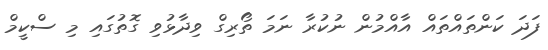
ފަދަ ކަންތައްތައް އާއްމުން ނުކުރާ ނަމަ ތޯރިގް ވިދާޅުވި ގޮތުގައި މި ސްކީމް